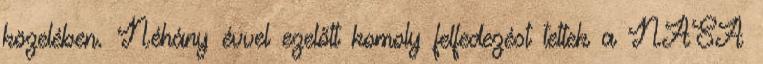
közelében. Néhány évvel ezelőtt komoly felfedezést tettek a NASA